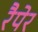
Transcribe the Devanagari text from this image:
रैपेर